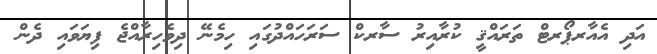
އަދި އެއާރޕޯރޓް ތަރައްޤީ ކުރާއިރު ސާރކް ސަރަހައްދުގައި ހިމެނޭ ދިވެހިރާއްޖެ ފިޔަވައި ދެން